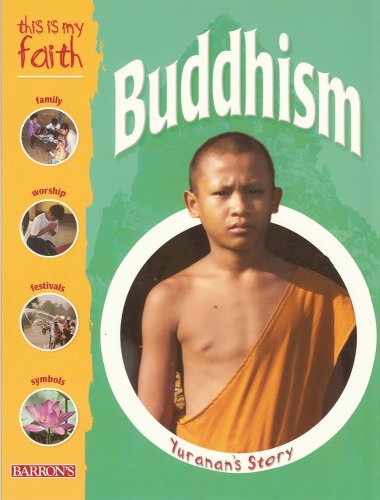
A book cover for This Is My Faith: Buddhism (This Is My Faith Books); Holly Wallace; Children's Books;